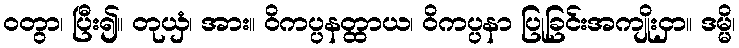
ဝတွာ၊ ပြီး၍။ တုယှံ၊ အား။ ဝိကပ္ပနတ္ထာယ၊ ဝိကပ္ပနာ ပြုခြင်းအကျိုးငှာ။ ဒမ္မိ၊